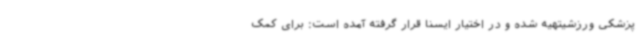
پزشکی ورزشیتهیه شده و در اختیار ایسنا قرار گرفته آمده است: برای کمک